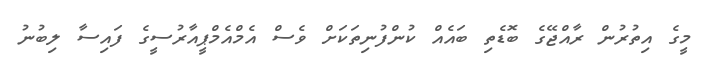
މީގެ އިތުރުން ރާއްޖޭގެ ބޮޑެތި ބައެއް ކުންފުނިތަކަށް ވެސް އެމްއެމްޕީއާރުސީގެ ފައިސާ ލިބުނު